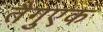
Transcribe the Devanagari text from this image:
तैगुएक